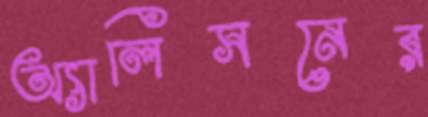
অ্যালিসনের